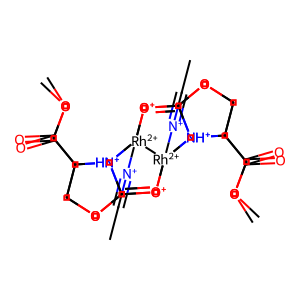
SMILES: CC#[N+][Rh+2]1234[O+]=C5OCC(C(=O)OC)[NH+]5[Rh+2]1([N+]#CC)([O+]=C1OCC(C(=O)OC)[NH+]12)([O+]=C1OCC(C(=O)OC)[NH+]13)[NH+]1C(=[O+]4)OCC1C(=O)OC
Inhibits HIV replication: No